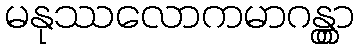
မနုဿလောကမာဂန္တွာ